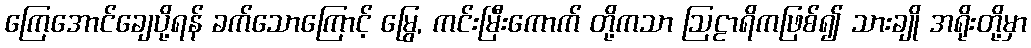
ကြေအောင်ချေပို့ရန် ခက်သောကြောင့် မြွေ, ကင်းမြီးကောက် တို့ကသာ ဩဠာရိကဖြစ်၍ သားချို အရိုးတို့မှာ